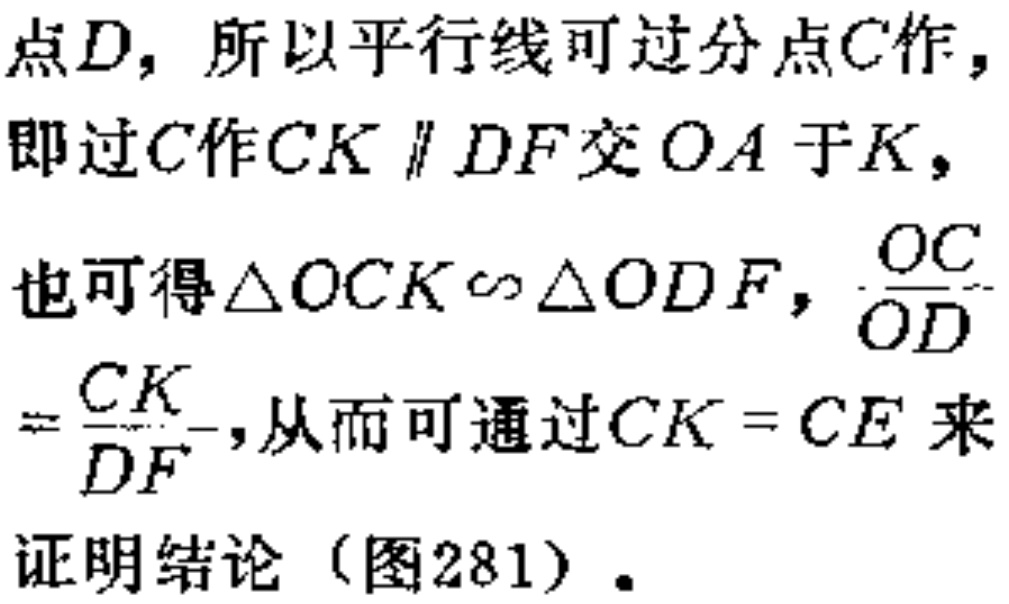
点\(D\)，所以平行线可过分点\(C\)作，
即过\(C\)作\(CK \parallel DF\)交\(OA\)于\(K\)，
也可得\(\triangle OCK \sim \triangle ODF\)，\(\frac{OC}{OD}\)
\(=\frac{CK}{DF}\)，从而可通过\(CK = CE\)来
证明结论（图281）.